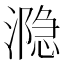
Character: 𰝋